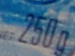
250g